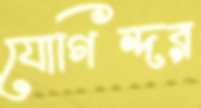
যোগিন্দর